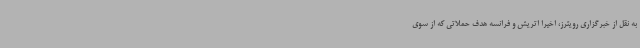
به نقل از خبرگزاری رویترز، اخیرا اتریش و فرانسه هدف حملاتی که از سوی